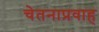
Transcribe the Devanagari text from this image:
चेतनाप्रवाह